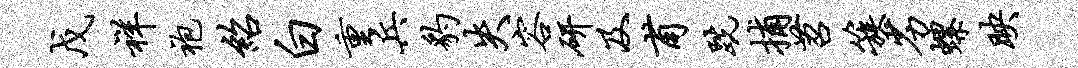
戊祥袍绍白重兵豹失容研及甫跣捕苕簇劣螺映